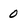
Character: 0